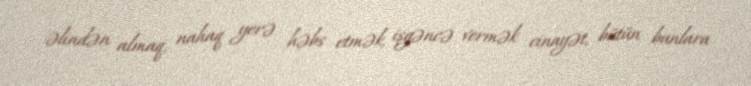
əlindən almaq, nahaq yerə həbs etmək, işgəncə vermək cinayət, bütün bunlara